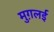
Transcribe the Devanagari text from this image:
मुग़लई